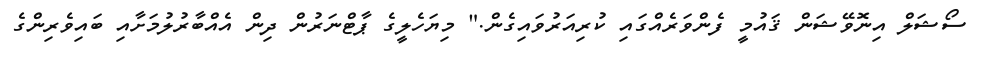
ސޯޝަލް އިނޮވޭޝަން ޤައުމީ ފެންވަރެއްގައި ކުރިއަރުވައިގެން." މިޔަހެލީގެ ޕާޓްނަރުން ދިން އެއްބާރުލުމަށާއި ބައިވެރިންގެ